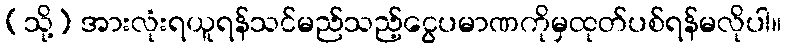
(သို့) အားလုံးရယူရန်သင်မည်သည့်ငွေပမာဏကိုမှထုတ်ပစ်ရန်မလိုပါ။